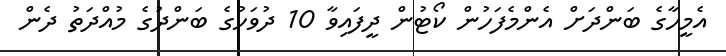
އެމީހާގެ ބަންދަށް އެންމެފަހުން ކޯޓުން ދީފައިވާ 10 ދުވަހުގެ ބަންދުގެ މުއްދަތު ދެން